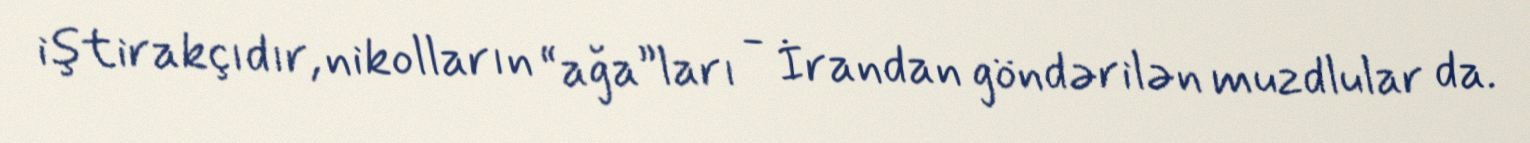
iştirakçıdır, nikolların “ağa”ları - İrandan göndərilən muzdlular da.